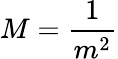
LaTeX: M={\frac{1}{m^{2}}}